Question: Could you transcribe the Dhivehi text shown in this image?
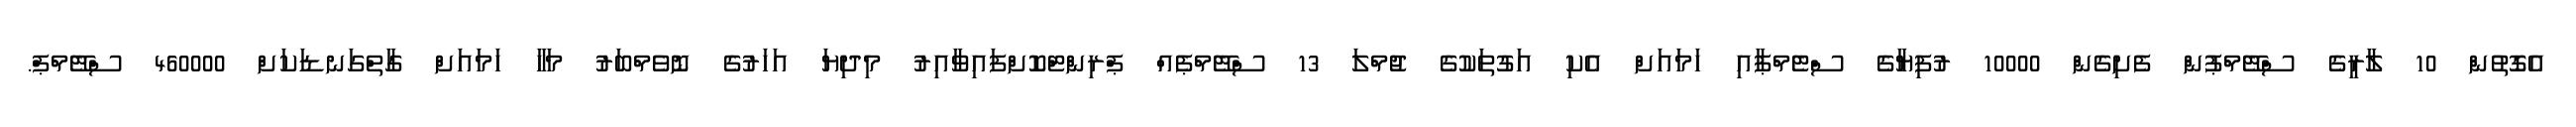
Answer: އެގޮތުން 10 ލާރީގެ ސްޓޭމްޕުން ފެށިގެން 10000 ރުފިޔާގެ ސްޓެމްޕާއި ހަމައަށް އެކި އަގުތަކުގެ ޖުމްލަ 13 ސްޓޭމްޕެއް ޕްރިންޓްކޮށްފައިވާއިރު މިދިޔަ އަހަރުގެ ނޮވެމްބަރު މަހާ ހަމައަށް ގާތްގަނޑަކަށް 460000 ސްޓޭމްޕް.